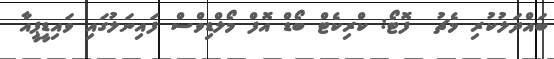
ބައްދަލުކުރި މެޗު  ފޮޓޯ: ކްރިކެޓް ބޯޑް އޮފް މޯލްޑިވްސް ފައިނަލުގައި ވައިޑީޕީއާ